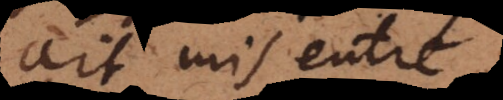
ait mis entre